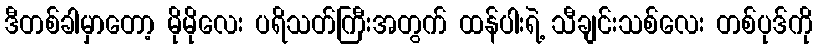
ဒီတစ်ခါမှာတော့ မိုမိုလေး ပရိသတ်ကြီးအတွက် ထန်ပါးရဲ့ သီချင်းသစ်လေး တစ်ပုဒ်ကို